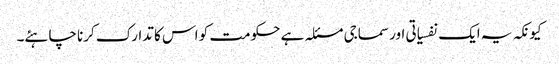
کیونکہ یہ ایک نفسیاتی اور سماجی مسئلہ ہے حکومت کو اس کا تدارک کرنا چاہئے۔